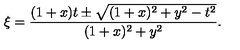
\xi = \frac { ( 1 + x ) t \pm \sqrt { ( 1 + x ) ^ { 2 } + y ^ { 2 } - t ^ { 2 } } } { ( 1 + x ) ^ { 2 } + y ^ { 2 } } .